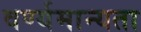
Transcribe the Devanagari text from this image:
वर्ण्यमान्यता